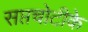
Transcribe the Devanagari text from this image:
सप्तचोटीके